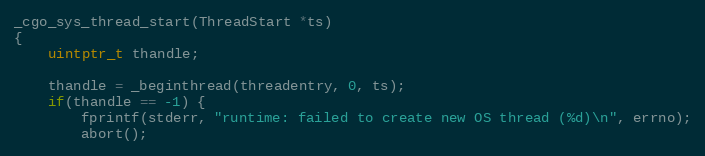
Language: C
_cgo_sys_thread_start(ThreadStart *ts)
{
	uintptr_t thandle;

	thandle = _beginthread(threadentry, 0, ts);
	if(thandle == -1) {
		fprintf(stderr, "runtime: failed to create new OS thread (%d)\n", errno);
		abort();